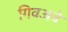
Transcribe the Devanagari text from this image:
गिवअवे